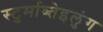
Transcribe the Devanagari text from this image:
स्टुर्माब्तेइलुंग